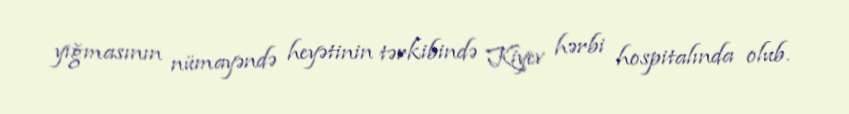
yığmasının nümayəndə heyətinin tərkibində Kiyev hərbi hospitalında olub.